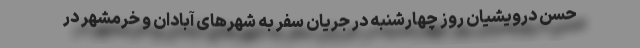
حسن درویشیان روز چهارشنبه در جریان سفر به شهرهای آبادان و خرمشهر در